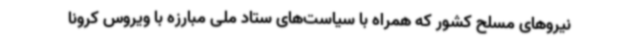
نیروهای مسلح کشور که همراه با سیاست‌های ستاد ملی مبارزه با ویروس کرونا